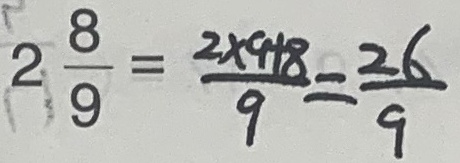
2 \frac { 8 } { 9 } = \frac { 2 \times 9 + 8 } { 9 } = \frac { 2 6 } { 9 }